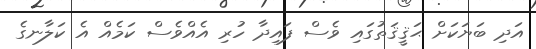
އަދި ބަޔަކަށް ޙަޤީޤަތުގައި ވެސް ފައިދާ ހުރި އެއްވެސް ކަމެއް އެ ކަލާނގެ